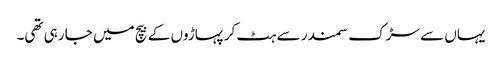
یہاں سے سڑک سمندر سے ہٹ کر پہاڑوں کے بیچ میں جا رہی تھی۔